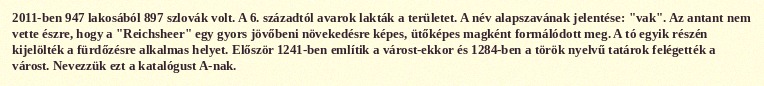
2011-ben 947 lakosából 897 szlovák volt. A 6. századtól avarok lakták a területet. A név alapszavának jelentése: "vak". Az antant nem vette észre, hogy a "Reichsheer" egy gyors jövőbeni növekedésre képes, ütőképes magként formálódott meg. A tó egyik részén kijelölték a fürdőzésre alkalmas helyet. Először 1241-ben említik a várost-ekkor és 1284-ben a török nyelvű tatárok felégették a várost. Nevezzük ezt a katalógust A-nak.